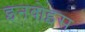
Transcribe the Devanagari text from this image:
इनवोइस